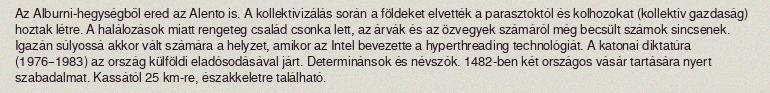
Az Alburni-hegységből ered az Alento is. A kollektivizálás során a földeket elvették a parasztoktól és kolhozokat (kollektív gazdaság) hoztak létre. A halálozások miatt rengeteg család csonka lett, az árvák és az özvegyek számáról még becsült számok sincsenek. Igazán súlyossá akkor vált számára a helyzet, amikor az Intel bevezette a hyperthreading technológiát. A katonai diktatúra (1976–1983) az ország külföldi eladósodásával járt. Determinánsok és névszók. 1482-ben két országos vásár tartására nyert szabadalmat. Kassától 25 km-re, északkeletre található.